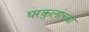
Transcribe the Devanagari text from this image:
घरकुलांच्या